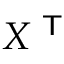
X ^ { \textsf { T } }